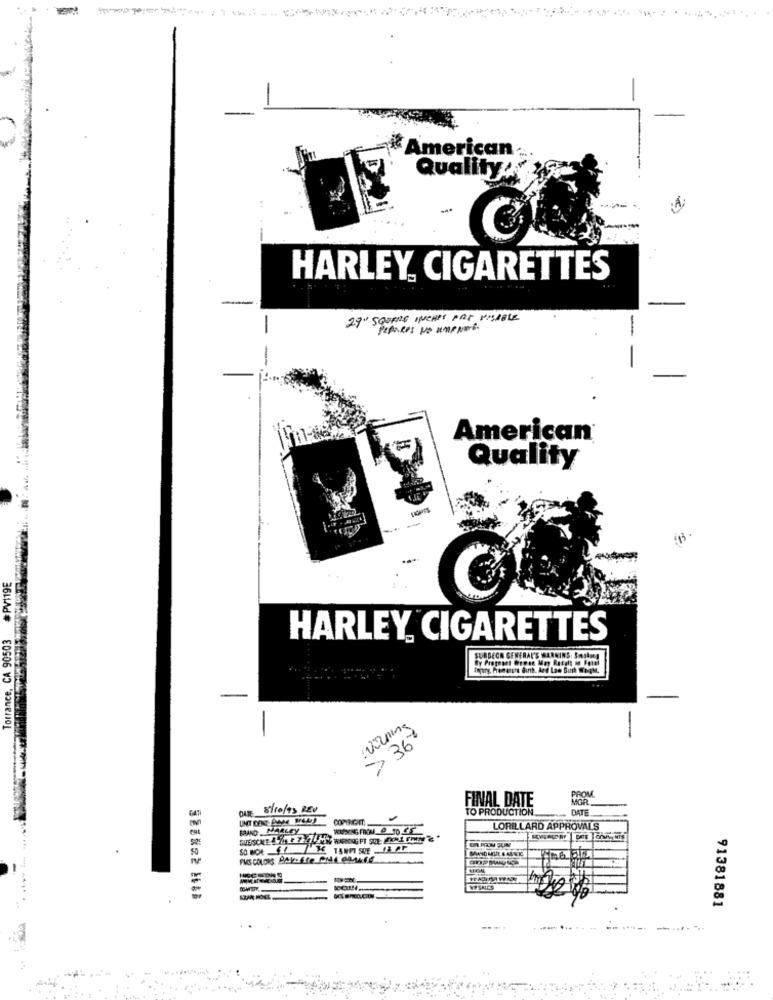
-
American
Quality
2
HARLEY CIGARETTES
29" SCORRE INCHES PRE VISIBLE
PierRes NO umeNare
-
American®
Quality
#PV119E
Torrance, CA 90503
HARLEY CIGARETTES
SURGEON GENERAL'S WARNING: SAAN!
-
> 36
FINAL DATE
PROM
MGR
GAT
DNIE 8/10/95 REV
TO PRODUCTION
DATE
COPINICHT.
BRAND MARLEY
LORILLARD APPROVALS
OVESCNE & 7
WPSALES
91381881
---
----- -------